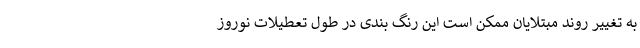
به تغییر روند مبتلایان ممکن است این رنگ بندی در طول تعطیلات نوروز